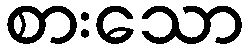
စားသော